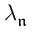
\lambda _ { \mathfrak { n } }